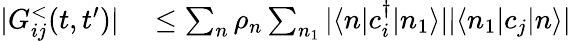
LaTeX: \begin{array}{rl}{|G_{ij}^{<}(t,t^{\prime})|}&{{}\leq\sum_{n}\rho_{n}\sum_{n_{1}}|\langle n|c_{i}^{\dagger}|n_{1}\rangle||\langle n_{1}|c_{j}|n\rangle|}\end{array}